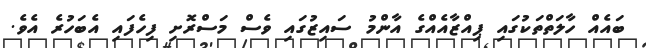
ބައެއް ހާލަތްތަކުގައި ޕިއްޒާއެއްގެ އާންމު ސައިޒުގައި ވެސް މަސްރޮށި ފިހެފައި އެބަހުރެ އެވެ.